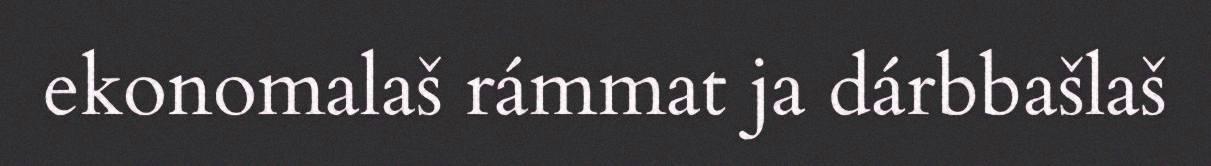
ekonomalaš rámmat ja dárbbašlaš